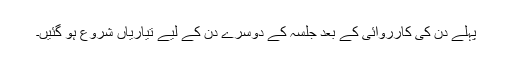
پہلے دن کی کارروائی کے بعد جلسہ کے دوسرے دن کے لیے تیاریاں شروع ہو گئیں۔